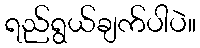
ရည်ရွယ်ချက်ပါပဲ။